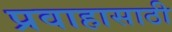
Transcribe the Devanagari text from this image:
प्रवाहासाठी